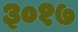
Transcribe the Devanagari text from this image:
३०१७